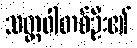
သတ္တဝါတစ်ဦး၏